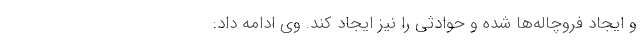
و ایجاد فروچاله‌ها شده و حوادثی را نیز ایجاد کند. وی ادامه داد:‌